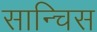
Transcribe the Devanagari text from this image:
सान्चिस